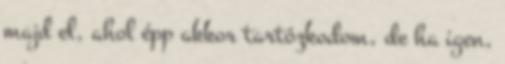
majd el, ahol épp akkor tartózkodom, de ha igen,